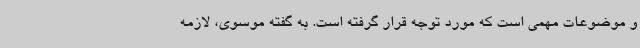
و موضوعات مهمی است که مورد توجه قرار گرفته است. به گفته موسوی، لازمه